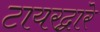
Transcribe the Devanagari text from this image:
टायरद्वारे